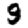
Digit: 9